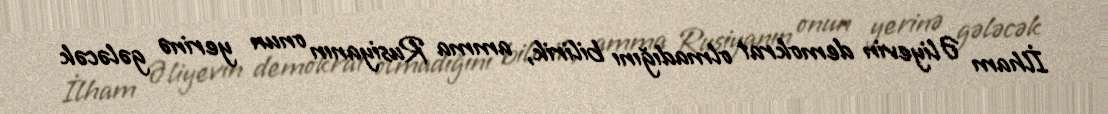
İlham Əliyevin demokrat olmadığını bilirik, amma Rusiyanın onun yerinə gələcək